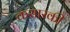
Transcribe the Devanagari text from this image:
कसारकी